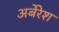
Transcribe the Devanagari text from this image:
अर्बेरेश